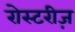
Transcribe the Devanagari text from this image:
रोस्टरीज़